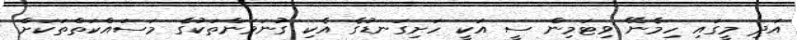
އަދި މީގައި ހިމެނޭ ވިޓަމިން ސީ އަކީ ހަށިގަނޑުގެ އެކި ގުނަވަންތަކުގެ މަސައްކަތްތަކަށް